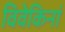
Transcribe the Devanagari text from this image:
विवेकिनां